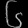
Digit: ၆